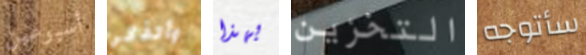
أسبوعين وأتذكر بهذا التخزين سأتوجه